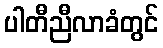
ပါတီညီလာခံတွင်